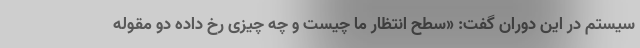
سیستم در این دوران گفت: «سطح انتظار ما چیست و چه چیزی رخ داده دو مقوله